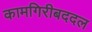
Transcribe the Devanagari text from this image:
कामगिरीबददल